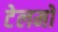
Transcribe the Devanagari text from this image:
टेलमो